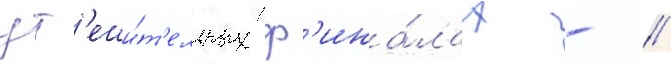
ут'еши́т'ельных ф'ина́лах - //